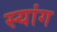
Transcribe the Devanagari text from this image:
स्‍यांग